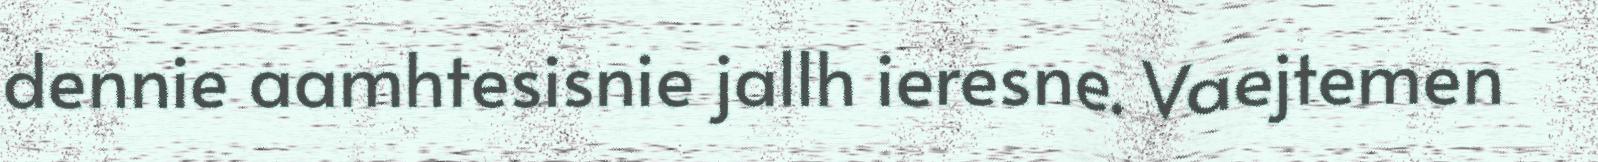
dennie aamhtesisnie jallh ieresne. Vaejtemen